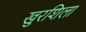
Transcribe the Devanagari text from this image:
खुरशिला